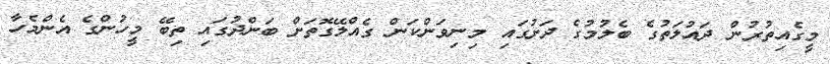
މީގެއިތުރުން ދައުލަތުގެ ބެލުމުގެ ދަށުގައި މިނިވަންކަން ގެއްލޭގޮތަށް ބަންދުގައި ތިބޭ މީހުންގެ އެންމެހާ